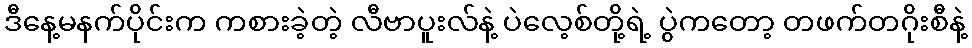
ဒီနေ့မနက်ပိုင်းက ကစားခဲ့တဲ့ လီဗာပူးလ်နဲ့ ပဲလေ့စ်တို့ရဲ့ ပွဲကတော့ တဖက်တဂိုးစီနဲ့